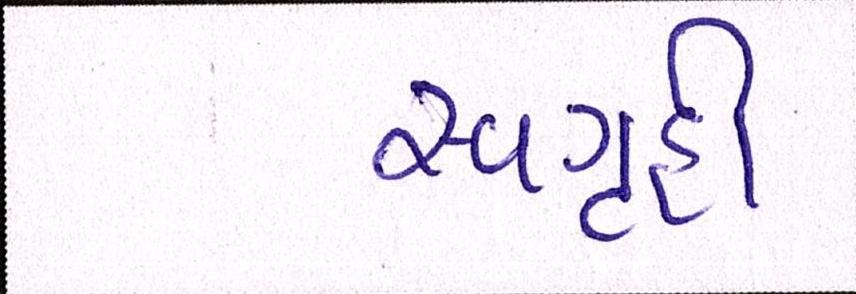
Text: સ્વગૃહી